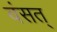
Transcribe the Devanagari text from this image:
वंसत्‌